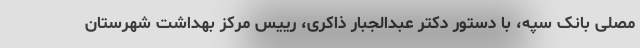
مصلی بانک سپه، با دستور دکتر عبدالجبار ذاکری، رییس مرکز بهداشت شهرستان